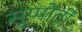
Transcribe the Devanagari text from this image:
सुप्पोर्तीं